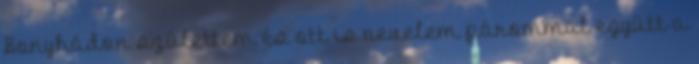
Bonyhádon születtem és ott is nevelem párommal együtt a